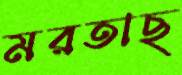
মরতাছ